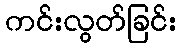
ကင်းလွတ်ခြင်း